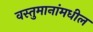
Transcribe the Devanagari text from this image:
वस्तुमानांमधील